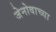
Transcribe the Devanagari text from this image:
जेनोवाच्या